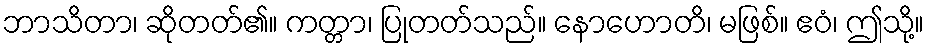
ဘာသိတာ၊ ဆိုတတ်၏။ ကတ္တာ၊ ပြုတတ်သည်။ နောဟောတိ၊ မဖြစ်။ ဧဝံ၊ ဤသို့။